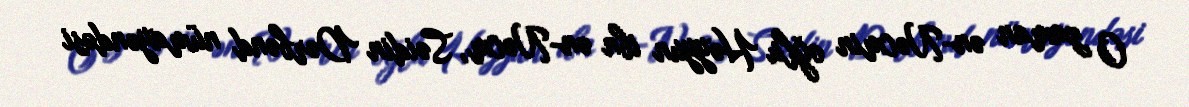
O zaman ən-Nəcmin oğlu Həyyun ibn ən-Nəcm, Səidin Dərbənd nümayəndəsi